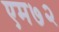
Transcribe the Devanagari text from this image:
एम७२